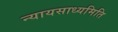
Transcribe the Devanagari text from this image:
न्यायसाध्यमिति